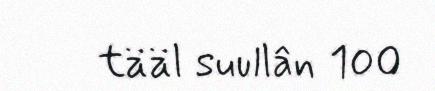
tääl suullân 100